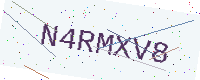
Text: N4RMXV8